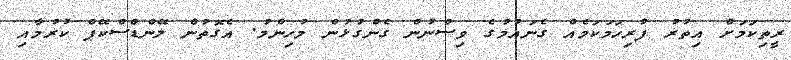
ރީތިކަމަށް އިތުރު ފުރިހަމަކަމެއް ގެނައުމުގެ ވިސްނުން ގެންގުޅުން މުހިންމު. އެގޮތުން ލޭންޑްސްކޭޕް ކުރުމާއި